Calcutta medical institutions reports 1879-81 [i.e.91]
Year: 1879
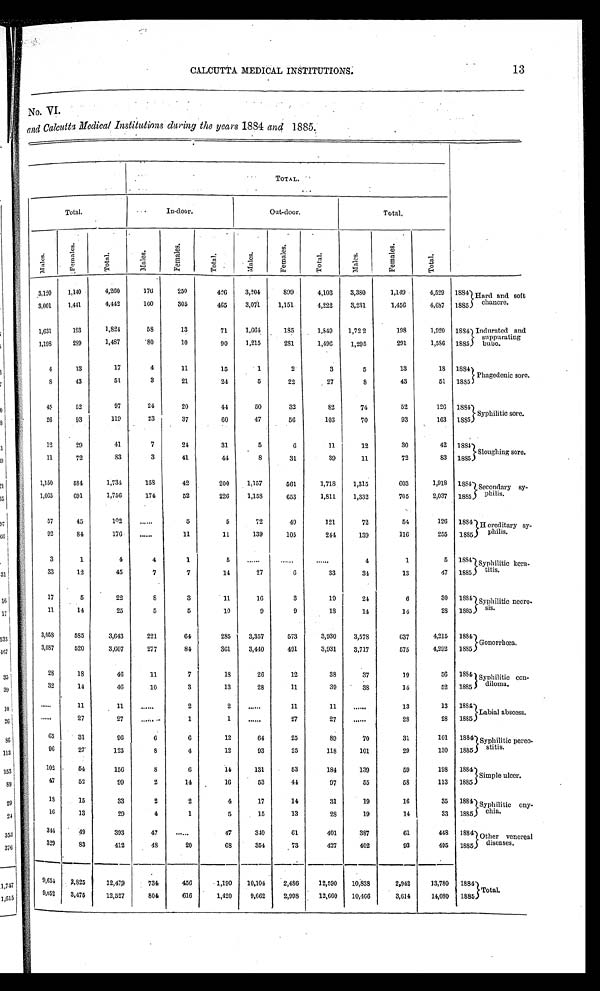
. .
CALCUTTA MEDICAL INSTITUTIONS.
13
NO. VI.
and Calcutta Medical Institutions during the years 1884 and 1885.
•
TOTAL.
Total.
In-door.
Out-door.
Total.
M a l e s .
F e m a l e s .
T o t a l .
M a l e s .
F e m a l e s .
T o t a l .
Males.
F e m a l e s .
Total.
M a l e s .
Females.
T o t a l .
3,120
1,140
4,260
.
176
250
426
3,204
899
4,103
3,380
1,149
4,529 1884 Hard and soft
chancre.
3,001
1,441
4,442
160
305
465
3,071
1,151
4,222
3,231
1,456
4,687 1885
1,631
193
1,824
58
13
71
1,664
185
1,849
1,722
198
1,920 1884
I n d u r a t e d a n d
suppurating
bubo.
1,198
289
1,487
80
10
90
1,215
281
1,496
1,295
291
1,586 1885
4
13
17
4
11
15
1
2
3
5
13
18 1884 Phagedenic sore.
8
43
51
3
21
24
5
22
27
8
43
51 1885
45
52
97
24
20
44
50
32
82
74
52
126
1884 Syphilitic sore.
26
93
119
23
37
60
47
56
103
70
93
163
1 8 8 5
12
29
41
7
24
31
5
6
11
12
30
42 1884
Sloughing sore.
11
72
83
3
41
44
8
31
39
11
72
83
1885
1,150
584
1,734
158
42
200
1,157
561
1,718
1,315
603
1,918 1884 Secondary sy-
philis.
1,065
691
1,756
174
52
226
1,158
653
1,811
1,332
705
2,037 1885
57
45
102
...
5
5
72
49
121
72
54
126 1884 Hereditary sy-
philis.
92
84
176
...
11
11
139
105
244
139
116
255 1885
3
1
4
4
1
5
...
...
...
4
1
5 1884 Syphilitic kera-
titis.
33
12
45
7
7
14
27
6
33
34
13
47 1885
17
5
22
8
3
11
16
3
19
24
6
30 1884 Syphilitic necro-
s i s .
11
14
25
5
5
10
9
9
18
14
14
28 1885
3,058
585
3,643
221
64
285
3,357
573
3,930
3,578
637
4,215 1884 Gonorrhœa.
3,087
520
3,607
277
84
361
3,440
491
3,931
3,717
575
4,292 1885
28
18
46
11
7
18
26
12
38
37
19
56 1884 Syphilitic con-
diloma.
32
14
46
10
3
13
28
11
39
38
14
52 1885
...
11
11
...
2
2
...
11
11
...
13
13 1884
Labial abscess.
...
27
27
... -
1
1
...
27
27
...
28
28 1885
65
31
96
6
6
12
64
25
89
70
31
101 1884 Syphilitic pereo-
stitis.
96
27
123
8
4
12
93
25
118
101
29
130 1885
102 54
156
8
6
14
131
53
184
139
59
198 1884 Simple ulcer.
47
52
99
2
14
16
53
44
97
55
58 113 1885
18
15
33
2
2
4
17
14
31
19
16
35 1884 Syphilitic ony-
chia.
16
13
29
4
1
5
15
13
28
19
14
33 1885
344
49
393
47
...
47
340
61
401
387
61
448
1884 Other venereal
diseases.
329
83
412
48
20
68
354
73
427
402
93
495
1885
9,654 2,825
12,479
734
456
1,190 10,104
2,486
12,590 10,838
2,942
13,780 1884 Total.
9,652
3,475
12,527
804
616
1,420
9,662
2,998
12,660 10,466
3,614
14,080 1885